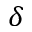
\delta